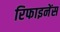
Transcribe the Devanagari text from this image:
रिफाइनेंस